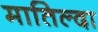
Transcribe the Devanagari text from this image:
मातिल्दा